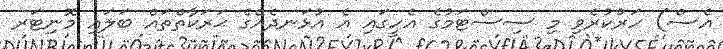
އެސް) ހަރުކުރެވި މި ސިސްޓަމުގެ އެހީގައި އެ އުޅަނދެއްގެ ޙަރަކާތްތައް ބަލައި މޮނިޓަރ